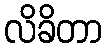
လိခိတာ